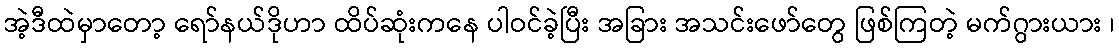
အဲ့ဒီထဲမှာတော့ ရော်နယ်ဒိုဟာ ထိပ်ဆုံးကနေ ပါဝင်ခဲ့ပြီး အခြား အသင်းဖော်တွေ ဖြစ်ကြတဲ့ မက်ဂွားယား ၊